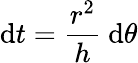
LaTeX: \mathrm{d}t={\frac{r^{2}}{h}}\ \mathrm{d}\theta